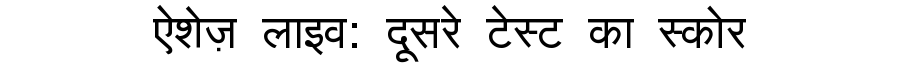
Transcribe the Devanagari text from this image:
ऐशेज़ लाइव: दूसरे टेस्ट का स्कोर